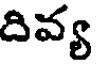
దివ్య